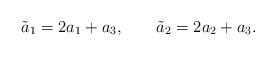
LaTeX: \begin{align*}\tilde a_1 = 2a_1+a_3,\qquad \tilde a_2 = 2a_2+a_3.\end{align*}